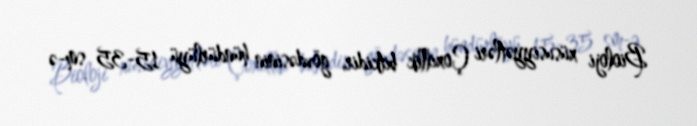
Bioloji xüsusiyyətləri Çoxillik bitkidir, gövdəsinin hündürlüyü 15-35 sm-ə